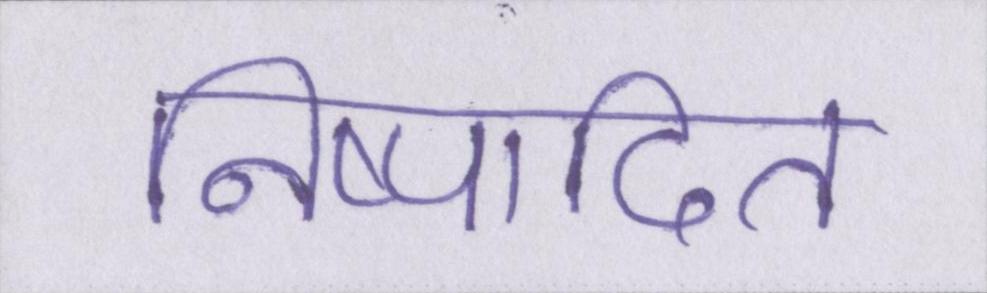
निष्पादित